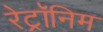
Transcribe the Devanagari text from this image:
रेट्रॉनिम